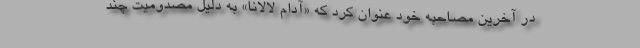
در آخرین مصاحبه خود عنوان کرد که «آدام لالانا» به دلیل مصدومیت چند